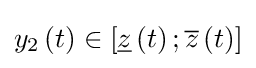
y_{2}\left(t\right)\in \left[{\underline {z}}\left(t\right);{\overline {z}}\left(t\right)\right]